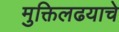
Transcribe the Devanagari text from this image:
मुक्तिलढयाचे